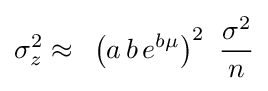
\sigma _{z}^{2}\approx \,\,\,\left({a\,b\,e^{b\mu }}\right)^{2}\,\,{\frac {\sigma ^{2}}{n}}